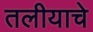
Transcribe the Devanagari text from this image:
तलीयाचे